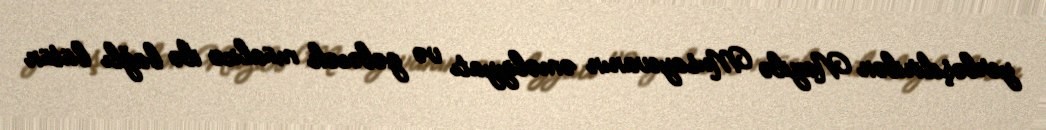
yerləşdirilən Nazilə Musayevanın əməliyyatı və gələcək müalicə ilə bağlı bütün